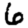
Digit: 6